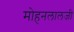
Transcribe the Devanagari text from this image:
मोहनलालजी